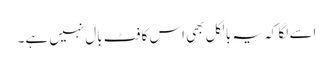
اسے لگا کہ یہ بالکل بھی اس کا فٹ بال نہیں ہے۔